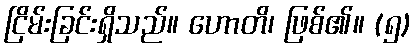
ငြိမ်းခြင်းရှိသည်။ ဟောတိ၊ ဖြစ်၏။ (၅)